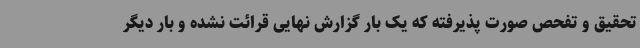
تحقیق و تفحص صورت پذیرفته که یک بار گزارش نهایی قرائت نشده و بار دیگر